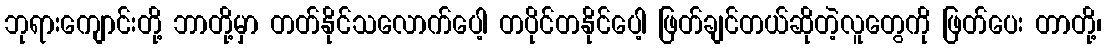
ဘုရားကျောင်းတို့ ဘာတို့မှာ တတ်နိုင်သလောက်ပေါ့ တပိုင်တနိုင်ပေါ့ ဖြတ်ချင်တယ်ဆိုတဲ့လူတွေကို ဖြတ်ပေး တာတို့၊